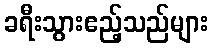
ခရီးသွားဧည့်သည်များ